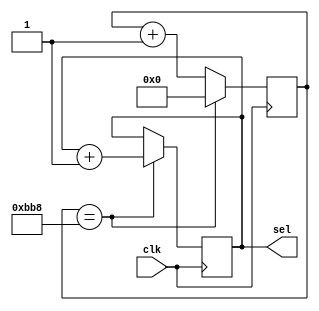
`timescale 1ns / 1ps
//////////////////////////////////////////////////////////////////////////////////
// Company: 
// Engineer: 
// 
// Design Name: 
// Module Name:    gtv 
// Project Name: 
// Target Devices: 
// Tool versions: 
// Description: 
//
// Dependencies: 
//
// Revision: 
// Revision 0.01 - File Created
// Additional Comments: 
//
//////////////////////////////////////////////////////////////////////////////////
module gtv(
 input clk, //entrada del reloj interno 
 output reg [1:0] sel //selector 
 ); 
 reg [25:0]conteo; 

always @(posedge clk) 
	begin 
		conteo <= conteo + 1; 
		if(conteo==3000)  
			begin 
				conteo <= 0; 
				sel <= sel+1; 
			end 
	end 	
endmodule